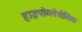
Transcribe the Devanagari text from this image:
हाइपोग्लेसेमिक